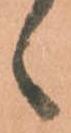
候